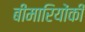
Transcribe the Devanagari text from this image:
बीमारियोंकी